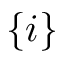
\{ i \}